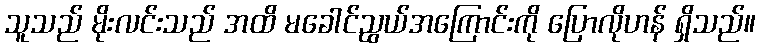
သူသည် မိုးလင်းသည် အထိ မခေါင်ညွယ်အကြောင်းကို ပြောလိုဟန် ရှိသည်။